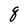
Character: q